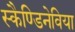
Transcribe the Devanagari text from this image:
स्कैण्डिनेविया